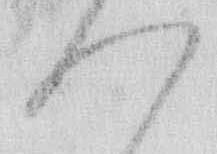
つ